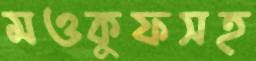
মওকুফসহ